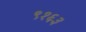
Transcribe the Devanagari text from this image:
९१६३